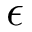
\epsilon